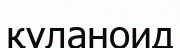
құланоид